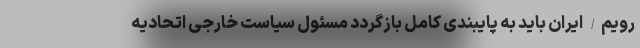
رویم/ ایران باید به پایبندی کامل بازگردد مسئول سیاست خارجی اتحادیه